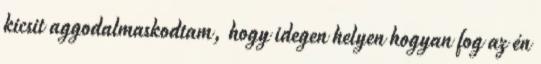
kicsit aggodalmaskodtam, hogy idegen helyen hogyan fog az én